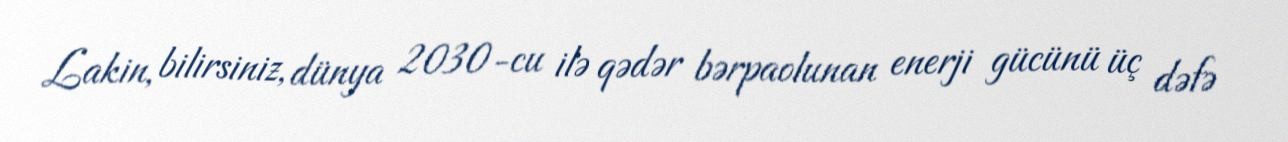
Lakin, bilirsiniz, dünya 2030-cu ilə qədər bərpaolunan enerji gücünü üç dəfə